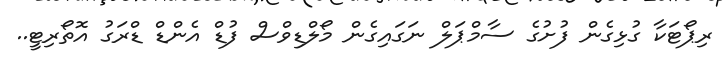
ރިޕޯޓަކާ ގުޅިގެން ފުށުގެ ސާމްޕަލް ނަގައިގެން މޯލްޑިވްސް ފުޑް އެންޑް ޑްރަގު އޮތޯރިޓީ..